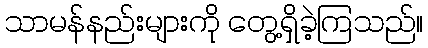
သာမန်နည်းများကို တွေ့ရှိခဲ့ကြသည်။